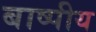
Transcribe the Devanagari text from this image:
बाष्पीय